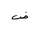
Letter: _dad